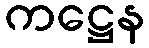
ကဋ္ဌေန